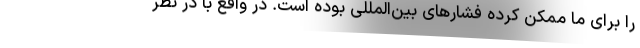
را برای ما ممکن کرده فشارهای بین‌المللی بوده است. در واقع با در نظر